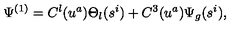
\Psi ^ { ( 1 ) } = C ^ { l } ( u ^ { a } ) \Theta _ { l } ( s ^ { i } ) + C ^ { 3 } ( u ^ { a } ) \Psi _ { g } ( s ^ { i } ) ,